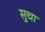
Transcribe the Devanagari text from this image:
सुचा